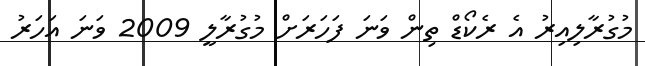
މުގުރާލިއިރު އެ ރެކޯޑް ތިން ވަނަ ފަހަރަށް މުގުރާލީ 2009 ވަނަ އަހަރު